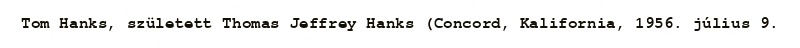
Tom Hanks, született Thomas Jeffrey Hanks (Concord, Kalifornia, 1956. július 9.